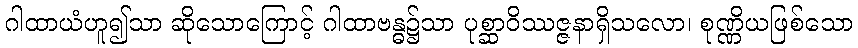
ဂါထာယံဟူ၍သာ ဆိုသောကြောင့် ဂါထာဗန္ဓ၌သာ ပုစ္ဆာဝိဿဇ္ဇနာရှိသလော၊ စုဏ္ဏိယဖြစ်သော